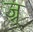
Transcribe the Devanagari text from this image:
ज्र्